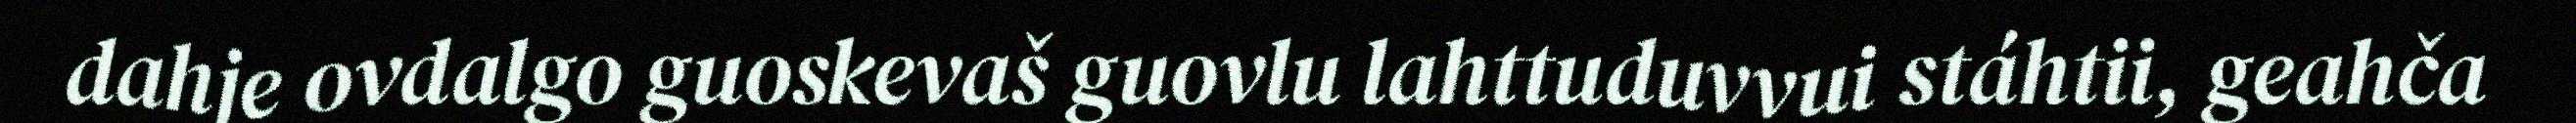
dahje ovdalgo guoskevaš guovlu lahttuduvvui stáhtii, geahča